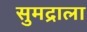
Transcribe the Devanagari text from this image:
सुमद्राला